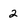
Character: 2